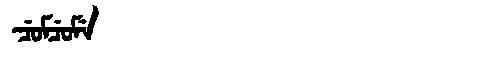
Manchu: ᠴᡠᠮᠴᡠᠮᡝ
Romanization: CUMCUME